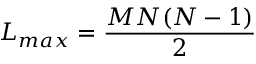
L _ { m a x } = \frac { M N ( N - 1 ) } { 2 }